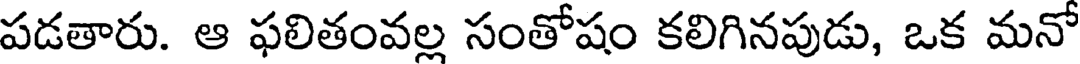
పడతారు. ఆ ఫలితంవల్ల సంతోషం కలిగినపుడు, ఒక మనో